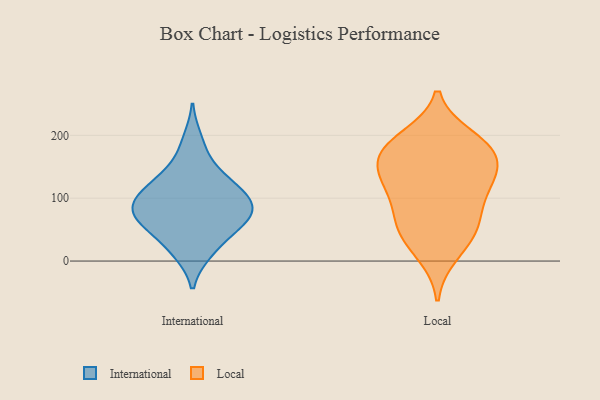
{"axis": {"x": "Net Income (USD K)", "y": "Value"}, "legend": ["International", "Local"], "data": [{"x": "", "y": 59, "type": "International"}, {"x": "", "y": 58, "type": "International"}, {"x": "", "y": 91, "type": "International"}, {"x": "", "y": 131, "type": "International"}, {"x": "", "y": 12, "type": "International"}, {"x": "", "y": 88, "type": "International"}, {"x": "", "y": 12, "type": "International"}, {"x": "", "y": 87, "type": "International"}, {"x": "", "y": 195, "type": "International"}, {"x": "", "y": 84, "type": "International"}, {"x": "", "y": 103, "type": "International"}, {"x": "", "y": 47, "type": "International"}, {"x": "", "y": 71, "type": "International"}, {"x": "", "y": 126, "type": "International"}, {"x": "", "y": 80, "type": "International"}, {"x": "", "y": 45, "type": "International"}, {"x": "", "y": 111, "type": "International"}, {"x": "", "y": 128, "type": "International"}, {"x": "", "y": 164, "type": "International"}, {"x": "", "y": 165, "type": "Local"}, {"x": "", "y": 68, "type": "Local"}, {"x": "", "y": 11, "type": "Local"}, {"x": "", "y": 196, "type": "Local"}, {"x": "", "y": 186, "type": "Local"}, {"x": "", "y": 186, "type": "Local"}, {"x": "", "y": 56, "type": "Local"}, {"x": "", "y": 60, "type": "Local"}, {"x": "", "y": 123, "type": "Local"}, {"x": "", "y": 161, "type": "Local"}, {"x": "", "y": 108, "type": "Local"}, {"x": "", "y": 165, "type": "Local"}, {"x": "", "y": 127, "type": "Local"}, {"x": "", "y": 127, "type": "Local"}, {"x": "", "y": 35, "type": "Local"}]}